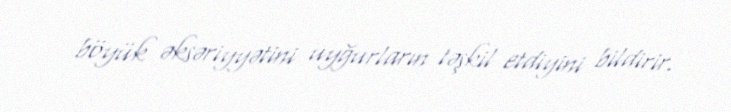
böyük əksəriyyətini uyğurların təşkil etdiyini bildirir.